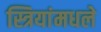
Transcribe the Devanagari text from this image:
स्त्रियांमधले